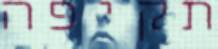
תקיפה